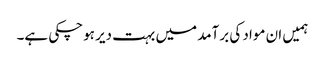
ہمیں ان مواد کی برآمد میں بہت دیر ہوچکی ہے۔